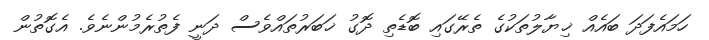
ހަމައެފަދަ ބައެއް ޚިޔާލުތަކުގެ ތެރޭގައި ބޮޑެތި ދޮގު ޚަބަރުތައްވެސް ދަނީ ފެތުރެމުންނެވެ. އެގޮތުން